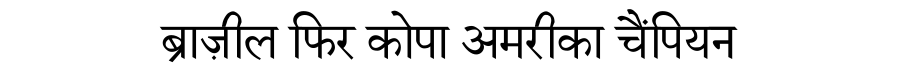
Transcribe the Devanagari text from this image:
ब्राज़ील फिर कोपा अमरीका चैंपियन